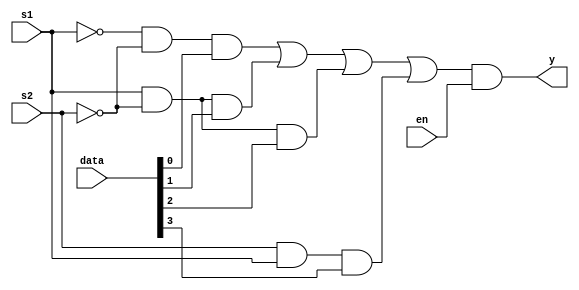
module mux4to1(
    input [3:0]data,
    input s1,
    input s2,
    input en,
    output y
    );
	 
	wire a[3:0];
	assign a[0] = (~s1 & ~s2) & data[0];
	assign a[1] = (s1 & ~s2) & data[1];
	assign a[2] = (~s2 & s1) & data[2];
	assign a[3] = (s2 & s1) & data[3];
	
	assign y = (a[0] | a[1] | a[2] | a[3]) & en;

endmodule